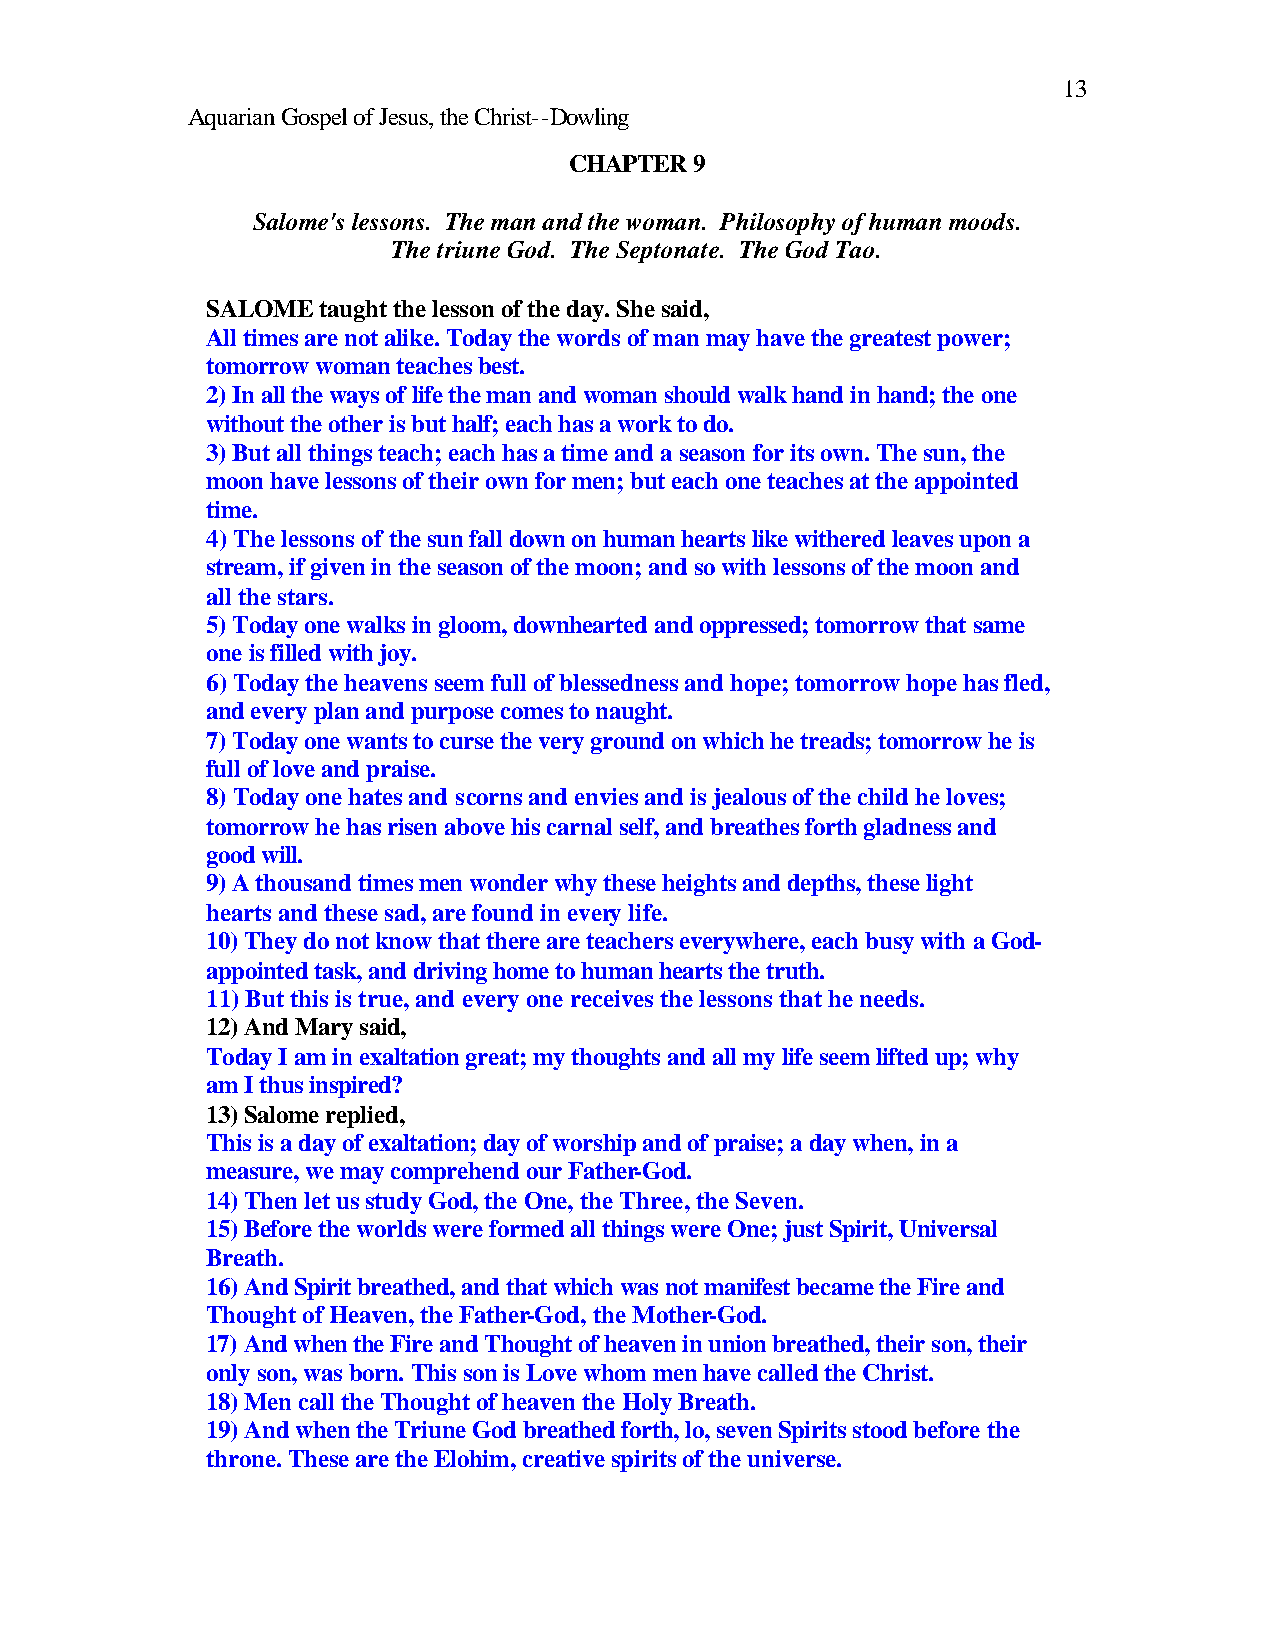
13
 Aquarian Gospel of Jesus, the Christ--Dowling
 CHAPTER 9
 Salome's lessons. The man and the woman. Philosophy of human moods.
 The triune God. The Septonate. The God Tao.
 SALOME taught the lesson of the day. She said,
 All times are not alike. Today the words of man may have the greatest power;
 tomorrow woman teaches best.
 2) In all the ways of life the man and woman should walk hand in hand; the one
 without the other is but half; each has a work to do.
 3) But all things teach; each has a time and a season for its own. The sun, the
 moon have lessons of their own for men; but each one teaches at the appointed
 time.
 4) The lessons of the sun fall down on human hearts like withered leaves upon a
 stream, if given in the season of the moon; and so with lessons of the moon and
 all the stars.
 5) Today one walks in gloom, downhearted and oppressed; tomorrow that same
 one is filled with joy.
 6) Today the heavens seem full of blessedness and hope; tomorrow hope has fled,
 and every plan and purpose comes to naught.
 7) Today one wants to curse the very ground on which he treads; tomorrow he is
 full of love and praise.
 8) Today one hates and scorns and envies and is jealous of the child he loves;
 tomorrow he has risen above his carnal self, and breathes forth gladness and
 good will.
 9) A thousand times men wonder why these heights and depths, these light
 hearts and these sad, are found in every life.
 10) They do not know that there are teachers everywhere, each busy with a God-
 appointed task, and driving home to human hearts the truth.
 11) But this is true, and every one receives the lessons that he needs.
 12) And Mary said,
 Today I am in exaltation great; my thoughts and all my life seem lifted up; why
 am I thus inspired?
 13) Salome replied,
 This is a day of exaltation; day of worship and of praise; a day when, in a
 measure, we may comprehend our Father-God.
 14) Then let us study God, the One, the Three, the Seven.
 15) Before the worlds were formed all things were One; just Spirit, Universal
 Breath.
 16) And Spirit breathed, and that which was not manifest became the Fire and
 Thought of Heaven, the Father-God, the Mother-God.
 17) And when the Fire and Thought of heaven in union breathed, their son, their
 only son, was born. This son is Love whom men have called the Christ.
 18) Men call the Thought of heaven the Holy Breath.
 19) And when the Triune God breathed forth, lo, seven Spirits stood before the
 throne. These are the Elohim, creative spirits of the universe.